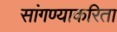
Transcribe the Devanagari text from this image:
सांगण्याकरिता